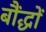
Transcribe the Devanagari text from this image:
बौंद्धों